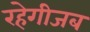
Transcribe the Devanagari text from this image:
रहेगीजब